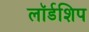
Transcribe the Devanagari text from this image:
लॉर्डशिप